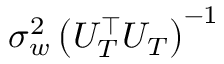
\sigma _ { w } ^ { 2 } \left( U _ { T } ^ { \top } U _ { T } \right) ^ { - 1 }